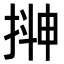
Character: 𭡮